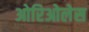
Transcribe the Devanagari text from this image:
ओरिओलेस